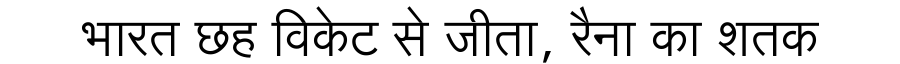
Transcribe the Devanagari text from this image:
भारत छह विकेट से जीता, रैना का शतक